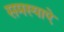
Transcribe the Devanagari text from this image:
समस्याऐ